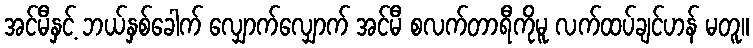
အင်မီနှင့် ဘယ်နှစ်ခေါက် လျှောက်လျှောက် အင်မီ စလက်တာရီကိုမူ လက်ထပ်ချင်ဟန် မတူ။